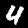
Label: 4